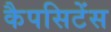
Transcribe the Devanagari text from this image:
कैपसिटेंस